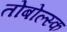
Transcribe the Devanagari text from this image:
तोबोल्स्क